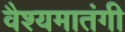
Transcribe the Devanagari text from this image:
वैश्यमातंगी